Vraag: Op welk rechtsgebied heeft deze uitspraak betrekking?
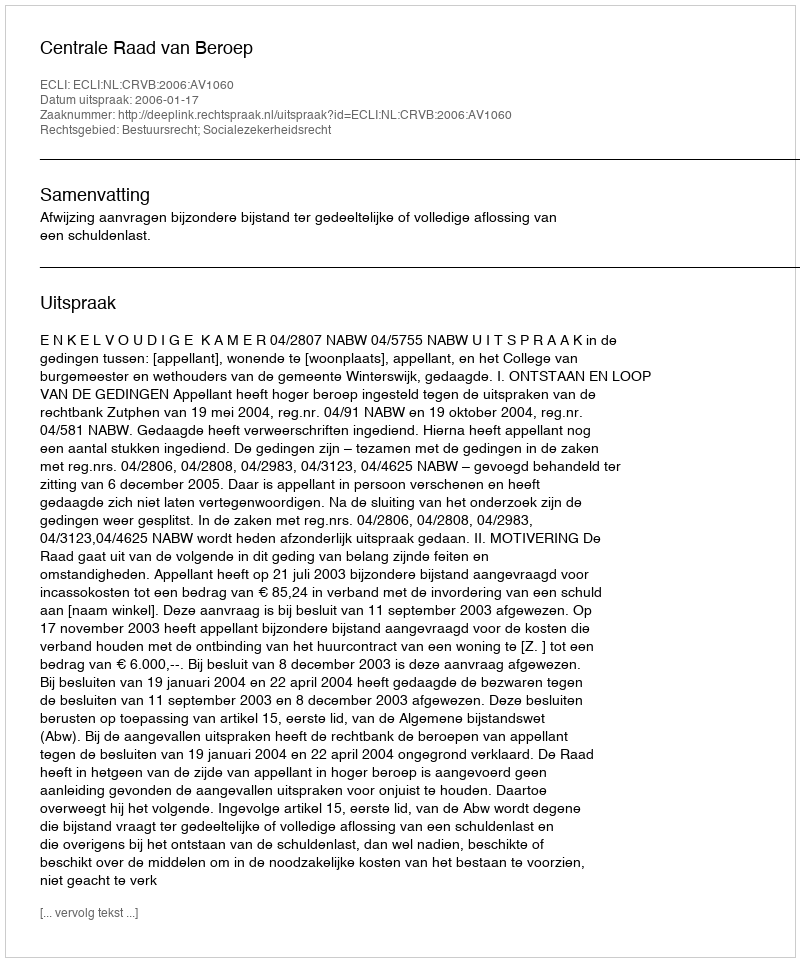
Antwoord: Bestuursrecht; Socialezekerheidsrecht